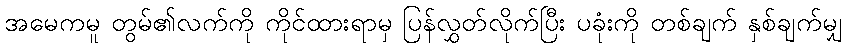
အမေကမူ တွမ်၏လက်ကို ကိုင်ထားရာမှ ပြန်လွှတ်လိုက်ပြီး ပခုံးကို တစ်ချက် နှစ်ချက်မျှ